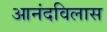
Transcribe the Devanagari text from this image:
आनंदविलास